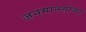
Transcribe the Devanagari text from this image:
जनमानसांवर